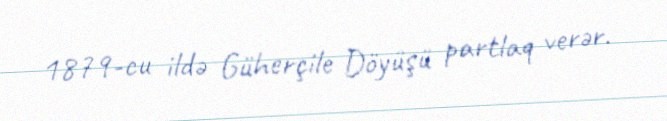
1879-cu ildə Güherçile Döyüşü partlaq verər.